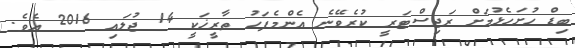
ބިޑް ހުށަހެޅުމަށް ރަޖިސްޓަރީ ކުރެވޭނެ އެންމެފަހު ތާރީޚަކީ 14 ޖުލައި 2016 އެވެ.